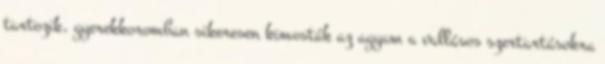
tartozik, gyerekkoromban sikeresen kimosták az agyam a vallásos szertartásokra